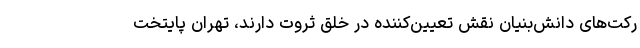
رکت‌های دانش‌بنیان نقش تعیین‌کننده در خلق ثروت دارند، تهران پایتخت